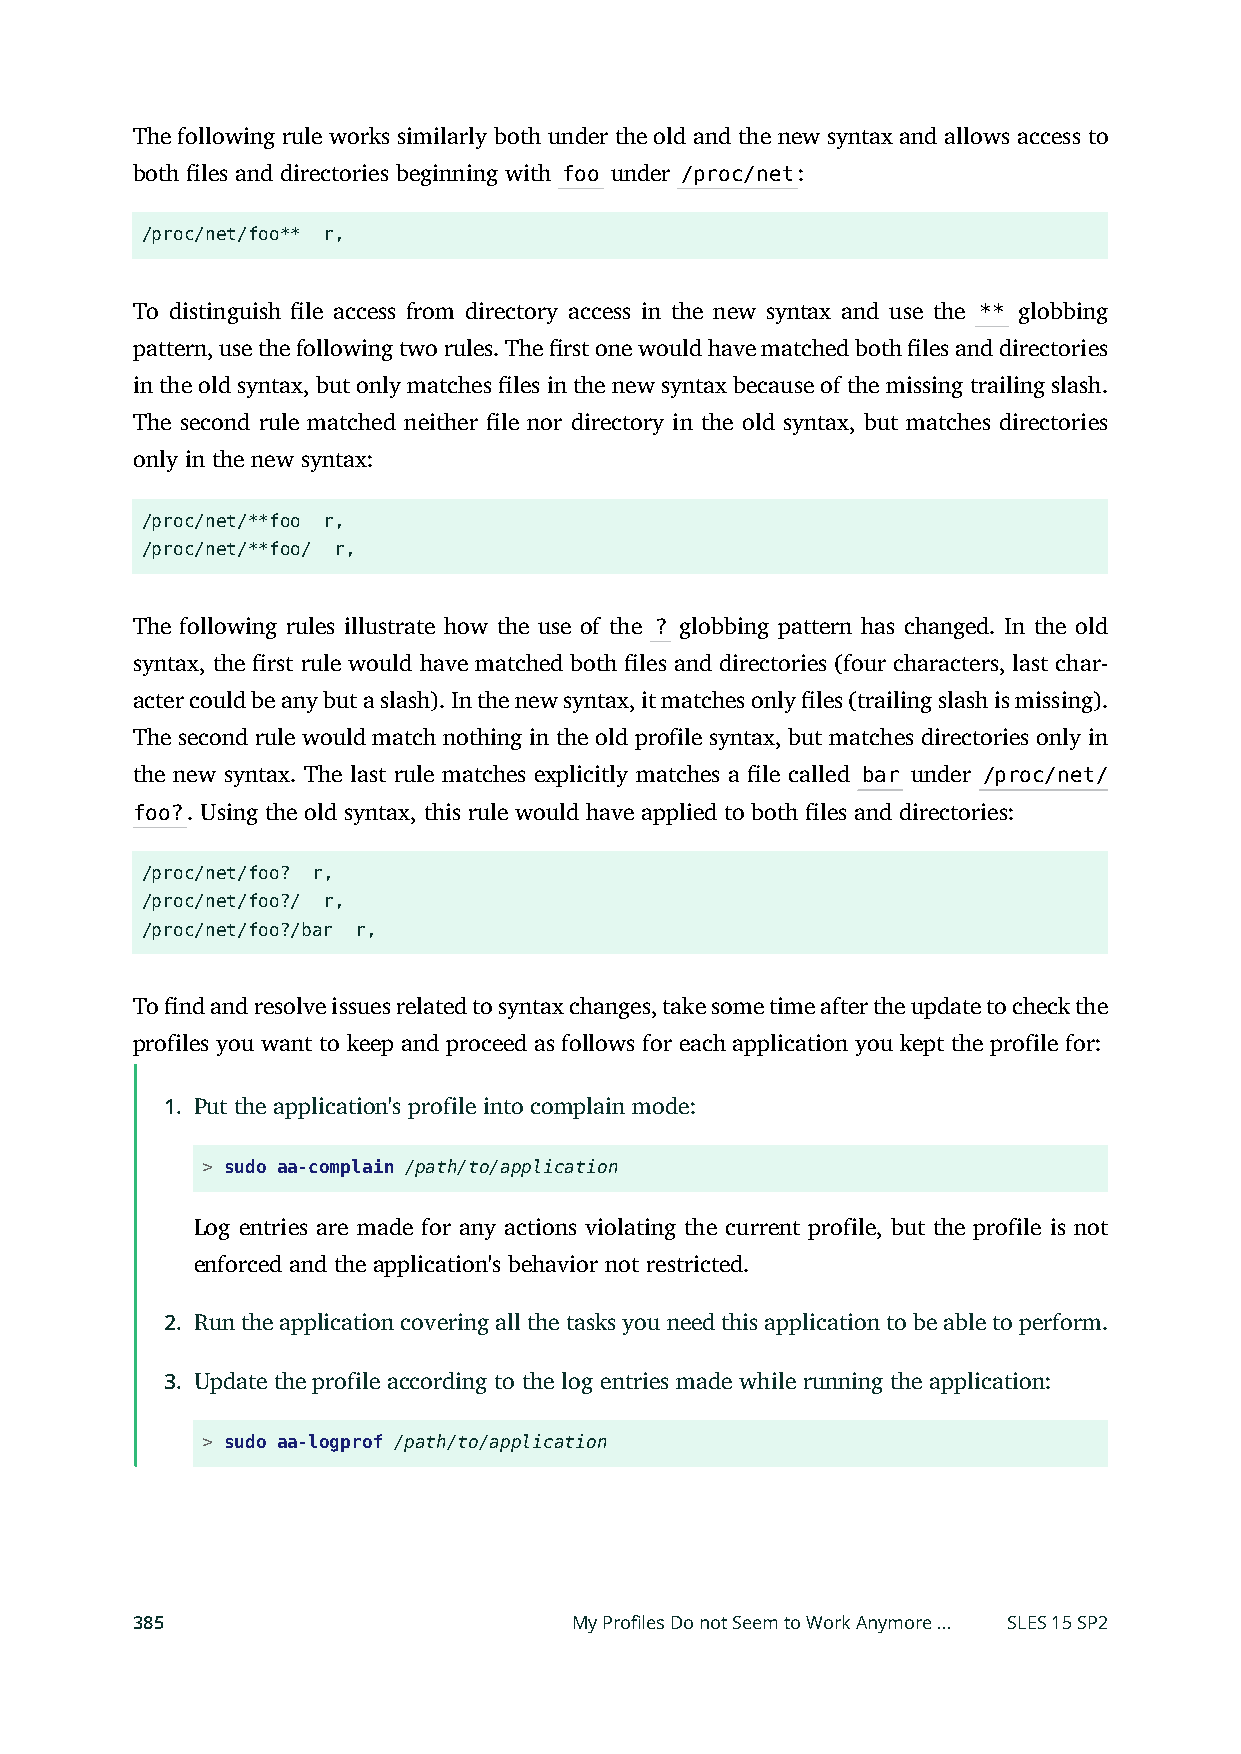
The following rule works similarly both under the old and the new syntax and allows access to
 both les and directories beginning with foo under /proc/net:
 /proc/net/foo** r,
 To distinguish le access from directory access in the new syntax and use the ** globbing
 pattern, use the following two rules. The rst one would have matched both les and directories
 in the old syntax, but only matches les in the new syntax because of the missing trailing slash.
 The second rule matched neither le nor directory in the old syntax, but matches directories
 only in the new syntax:
 /proc/net/**foo r,
 /proc/net/**foo/ r,
 The following rules illustrate how the use of the ? globbing pattern has changed. In the old
 syntax, the rst rule would have matched both les and directories (four characters, last char-
 acter could be any but a slash). In the new syntax, it matches only les (trailing slash is missing).
 The second rule would match nothing in the old profile syntax, but matches directories only in
 the new syntax. The last rule matches explicitly matches a le called bar under /proc/net/
 foo?. Using the old syntax, this rule would have applied to both les and directories:
 /proc/net/foo? r,
 /proc/net/foo?/ r,
 /proc/net/foo?/bar r,
 To nd and resolve issues related to syntax changes, take some time after the update to check the
 profiles you want to keep and proceed as follows for each application you kept the profile for:
 1. Put the application's profile into complain mode:
 > sudo aa-complain /path/to/application
 Log entries are made for any actions violating the current profile, but the profile is not
 enforced and the application's behavior not restricted.
 2. Run the application covering all the tasks you need this application to be able to perform.
 3. Update the profile according to the log entries made while running the application:
 > sudo aa-logprof /path/to/application
 385                          My Profiles Do not Seem to Work Anymore … SLES 15 SP2